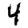
Digit: 4